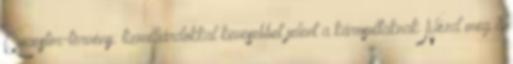
Quaestor-törvény: tízmilliárdokkal kevesebbet jelent a károsultaknak Nézd meg a